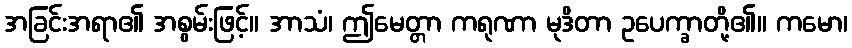
အခြင်းအရာ၏ အစွမ်းဖြင့်။ အာသံ၊ ဤမေတ္တာ ကရုဏာ မုဒိတာ ဥပေက္ခာတို့၏။ ကမော၊